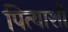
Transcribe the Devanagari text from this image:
पित्याशी